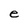
Character: e